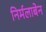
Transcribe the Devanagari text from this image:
निर्मलाबेन